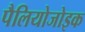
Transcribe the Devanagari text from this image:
पैलियोजोइक